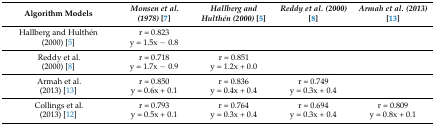
| Algorithm Models | Monsen et al. (1978) [7] | Hallberg and Hulthén (2000) [5] | Reddy et al. (2000) [8] | Armah et al. (2013) [13] |
 | --- | --- | --- | --- | --- |
 | Hallberg and Hulthén (2000) [5] | r = 0.823 y = 1.5x − 0.8 |  |  |  |
 | Reddy et al. (2000) [8] | r = 0.718 y = 1.7x − 0.9 | r = 0.851 y = 1.2x + 0.0 |  |  |
 | Armah et al. (2013) [13] | r = 0.850 y = 0.6x + 0.1 | r = 0.836 y = 0.4x + 0.4 | r = 0.749 y = 0.3x + 0.4 |  |
 | Collings et al. (2013) [12] | r = 0.793 y = 0.5x + 0.1 | r = 0.764 y = 0.3x + 0.4 | r = 0.694 y = 0.3x + 0.4 | r = 0.809 y = 0.8x + 0.1 |